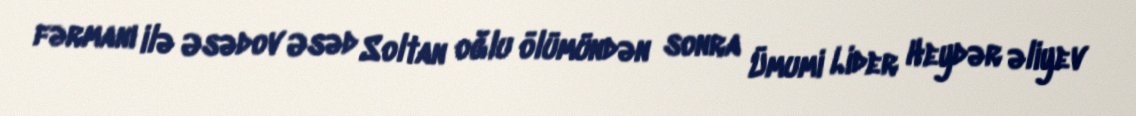
fərmanı ilə Əsədov Əsəd Soltan oğlu ölümündən sonra Ümumi Lider Heydər əliyev